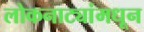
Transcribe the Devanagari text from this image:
लोकनाट्यांमधून